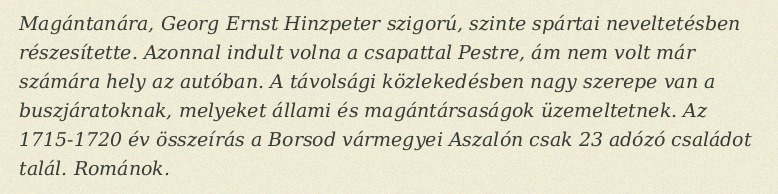
Magántanára, Georg Ernst Hinzpeter szigorú, szinte spártai neveltetésben részesítette. Azonnal indult volna a csapattal Pestre, ám nem volt már számára hely az autóban. A távolsági közlekedésben nagy szerepe van a buszjáratoknak, melyeket állami és magántársaságok üzemeltetnek. Az 1715-1720 év összeírás a Borsod vármegyei Aszalón csak 23 adózó családot talál. Románok.